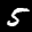
Label: 5